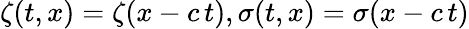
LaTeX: \zeta(t,x)=\zeta(x-c\, t),\sigma(t,x)=\sigma(x-c\, t)